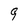
Character: 9